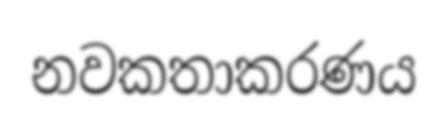
නවකතාකරණය